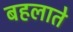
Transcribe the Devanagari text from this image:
बहलाते